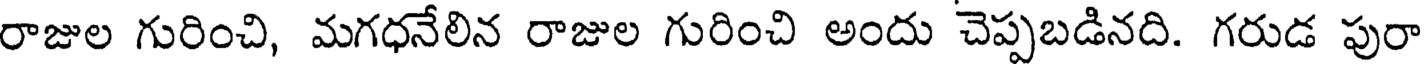
రాజుల గురించి, మగధనేలిన రాజుల గురించి అందు చెప్పబడినది. గరుడ పురా